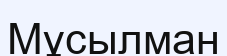
Мұсылман